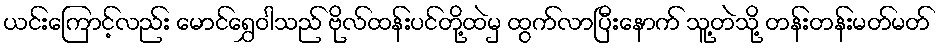
ယင်းကြောင့်လည်း မောင်ရွှေဝါသည် ဗိုလ်ထန်းပင်တို့ထဲမှ ထွက်လာပြီးနောက် သူ့တဲသို့ တန်းတန်းမတ်မတ်